Vaccination in the Punjab 1883-1896 - 1883-1896
Year: 1883
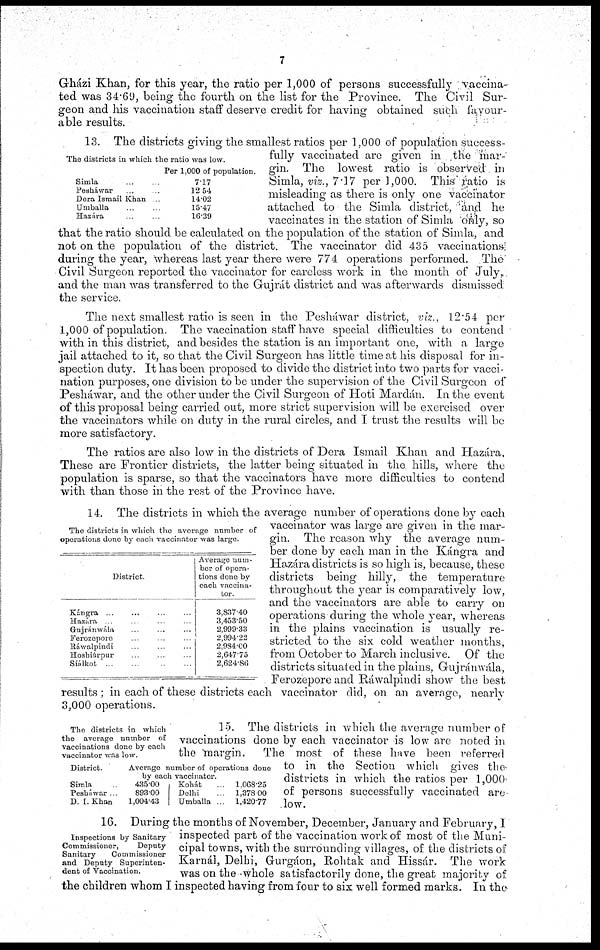
7
Gházi Khan, for this year, the ratio per 1,000 of persons successfully vaccina-
ted was 34.69, being the fourth on the list for the Province. The Civil Sur-
geon and his vaccination staff deserve credit for having obtained such favour-
able results.
The districts in which the ratio was low.
Simla
...
...
Pesháwar ... ...
Dera Ismail Khan ...
Umballa ... ...
Hazára ... ...
Per 1,000 of population.
7.17
12.54
14.02
15.47
16.39
13. The districts giving the smallest ratios per 1,000 of population success-
fully vaccinated are given in the mar-
gin. The lowest ratio is observed in
Simla, viz., 7.17 per 1,000. This ratio is
misleading as there is only one vaccinator
attached to the Simla district, and he
vaccinates in the station of Simla only, so
that the ratio should be calculated on the population of the station of Simla, and
not on the population of the district. The vaccinator did 435 vaccinations
during the year, whereas last year there were 774 operations performed. The
Civil Surgeon reported the vaccinator for careless work in the month of July,
and the man was transferred to the Gujrát district and was afterwards dismissed
the service.
The next smallest ratio is seen in the Pesháwar district, viz., 12.54 per
1,000 of population. The vaccination staff have special difficulties to contend
with in this district, and besides the station is an important one, with a largo
jail attached to it, so that the Civil Surgeon has little time at his disposal for in-
spection duty. It has been proposed to divide the district into two parts for vacci-
nation purposes, one division to be under the supervision of the Civil Surgeon of
Pesháwar, and the other under the Civil Surgeon of Hoti Mardán. In the event
of this proposal being carried out, more strict supervision will be exercised over
the vaccinators while on duty in the rural circles, and I trust the results will be
more satisfactory.
The ratios are also low in the districts of Dera Ismail Khan and Hazára.
These are Frontier districts, the latter being situated in the hills, where the
population is sparse, so that the vaccinators have more difficulties to contend
with than those in the rest of the Province have.
The districts in which the average number of
operations done by each vaccinator was largo.
District.
Kángra
...
...
...
...
Hazára
...
...
...
...
Gujránwála
...
...
...
Ferozepore ... ... ...
Ráwalpindi
...
...
...
Hoshiárpur
...
...
...
Siálkot
...
...
...
...
Average num-
ber of opera-
tions done by
each vaccina-
tor.
3,837.40
3,453.50
2,999.33
2,994.22
2,984.00
2,647.75
2,624.86
14. The districts in which the average number of operations done by each
vaccinator was large are given in the mar-
gin. The reason why the average num-
ber done by each man in the Kángra and
Hazára districts is so high is, because, these
districts being hilly, the temperature
throughout the year is comparatively low,
and the vaccinators are able to carry on
operations during the whole year, whereas
in the plains vaccination is usually re-
stricted to the six cold weather months,
from October to March inclusive. Of the
districts situated in the plains, Gujránwála,
Ferozepore and Ráwalpindi show the best
results; in each of these districts each vaccinator did, on an average, nearly
3,000 operations.
The districts in which
the average number of
vaccinations done by each
vaccinator was low.
District.
Simla ...
Pesháiwar ...
D. I. Khan ...
Average number of operations done
by each vaccinator.
435.00
893.00
1,004.43
Kohát ...
Delhi ...
Umballa ...
1,068.25
1,378.00
1,420.77
15. The districts in which the average number of
vaccinations done by each vaccinator is low are noted in
the margin.
The most of these have been referred
to in the Section which gives the
districts in which the ratios per 1,000
of persons successfully vaccinated are
low.
Inspections by Sanitary
Commissioner,
Deputy
Sanitary
Commissioner
and Deputy Superinten-
dent of Vaccination.
16. During the months of November, December, January and February, I
inspected part of the vaccination work of most of the Muni-
cipal towns, with the surrounding villages, of the districts of
Karnál, Delhi, Gurgáon, Rohtak and Hissár. The work
was on the whole satisfactorily done, the great majority of
the children whom I inspected having from four to six well formed marks. In the